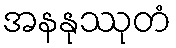
အနနုဿုတံ